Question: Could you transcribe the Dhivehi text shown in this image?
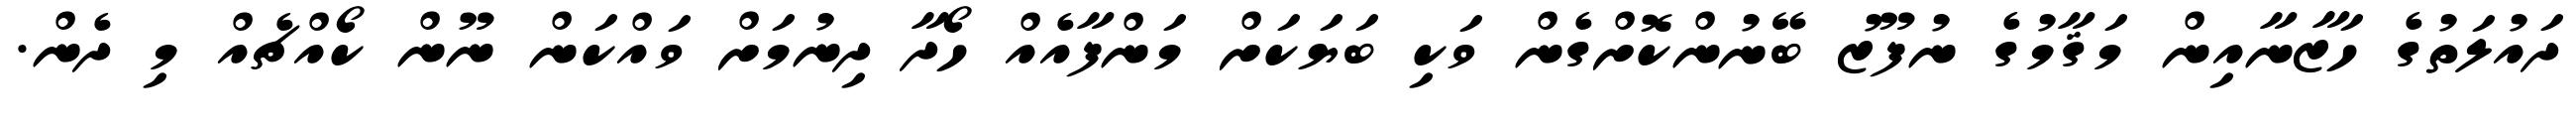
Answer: ދައުލަތުގެ ހަޒާނާއިން މަޤާމުގެ ނުފޫޒު ބޭނުންކޮށްގެން ވަކި ބަޔަކަށް މަންފާއެއް ހޯދާ ދިނުމަށް ވައްކަން ނޫން ކޯއްޗެއް މި ދެން.